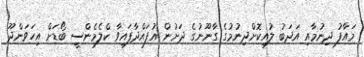
މައާފު ދިނުމާއި އަދަބު ލުއިކޮށްދިނުމުގެ ގާނޫނުގެ ދަށުން އުފައްދާފައިވާ ކްލެމެންސީ ބޯޑަށް އިހަވަންދޫ